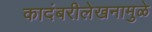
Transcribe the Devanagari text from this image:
कादंबरीलेखनामुळे